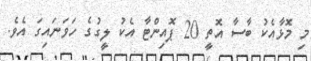
މި މޮޅާއެކު ބާސާ އޮތީ 20 ޕޮއިންޓާ އެކު ލީގުގެ ހަވަނައިގަ އެވެ.